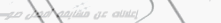
إعلانات عن مسابقة أفضل صو